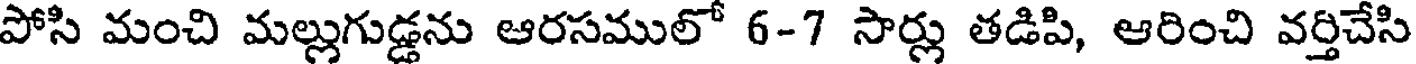
పోసి మంచి మల్లుగుడ్డను ఆరసములో 6-7 సార్లు తడిపి, ఆరించి వర్తిచేసి